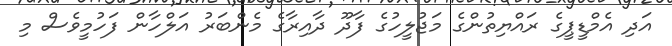
އަދި އެމްޑީޕީގެ ރައްޔިތުންގެ މަޖުލީހުގެ ފާދޫ ދާއިރާގެ މެންބަރު އަލްހާން ފަހުމީވެސް މި